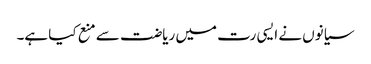
سیانوں نے ایسی رت میں ریاضت سے منع کیا ہے۔